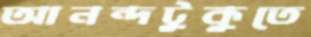
আনন্দটুকুতে